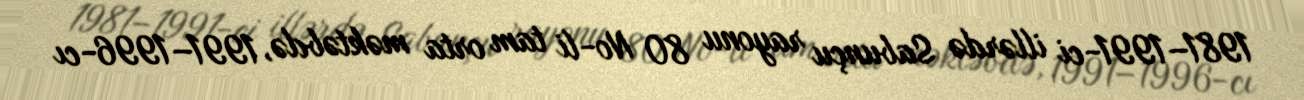
1981–1991-ci illərdə Sabunçu rayonu 80 №-li tam orta məktəbdə, 1991–1996-cı